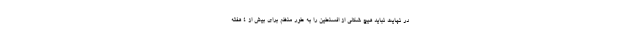
در نهایت نباید هیچ شکلی از افسنطین را به طور منظم برای بیش از 4 هفته